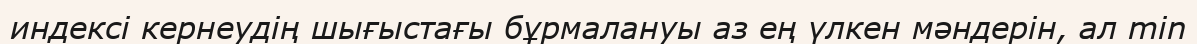
индексі кернеудің шығыстағы бұрмалануы аз ең үлкен мәндерін, ал min